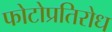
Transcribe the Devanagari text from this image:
फोटोप्रतिरोध